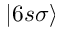
| 6 s \sigma \rangle